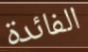
الفائدة